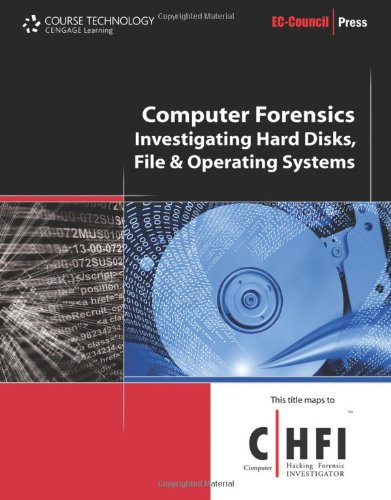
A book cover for Computer Forensics: Hard Disk and Operating Systems (EC-Council Press); EC-Council; Computers & Technology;